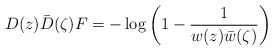
\begin{align*} D(z)\bar D(\zeta)F = -\log\left(1 - \frac1{w(z)\bar w(\zeta)}\right)\end{align*}